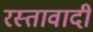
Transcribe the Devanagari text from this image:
रस्तावादी